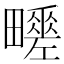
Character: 𤳶